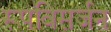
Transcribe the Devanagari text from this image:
रूपविसर्जन